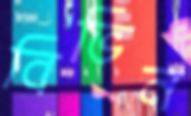
বিভিন